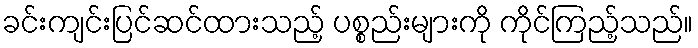
ခင်းကျင်းပြင်ဆင်ထားသည့် ပစ္စည်းများကို ကိုင်ကြည့်သည်။